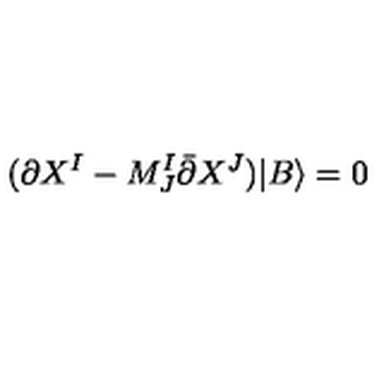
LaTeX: ( \partial X ^ { I } - M _ { J } ^ { I } \bar { \partial } X ^ { J } ) | B \rangle = 0